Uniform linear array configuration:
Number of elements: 48
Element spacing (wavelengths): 0.5
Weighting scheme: hamming
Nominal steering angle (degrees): -15
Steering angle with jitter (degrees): -13.417
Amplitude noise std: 0.05
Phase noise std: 0.05

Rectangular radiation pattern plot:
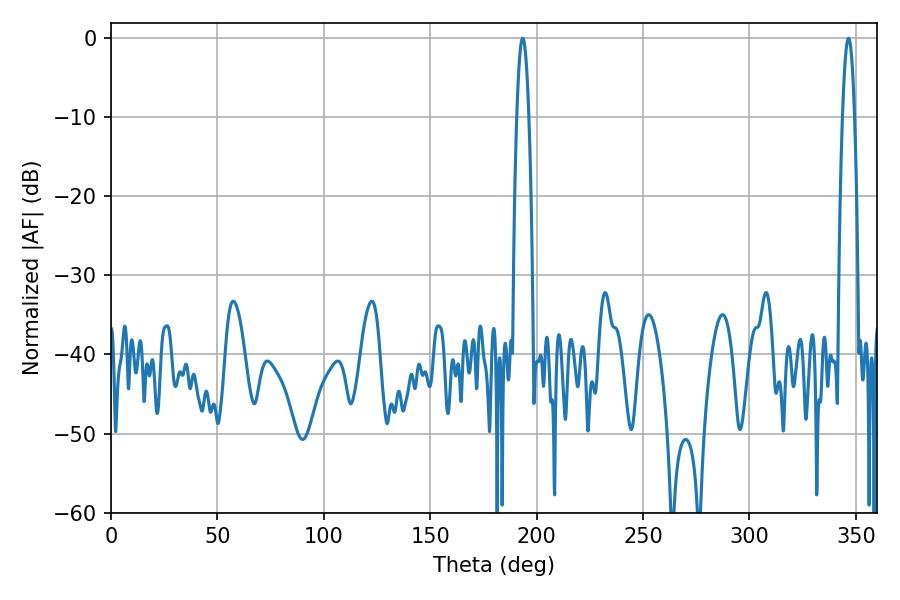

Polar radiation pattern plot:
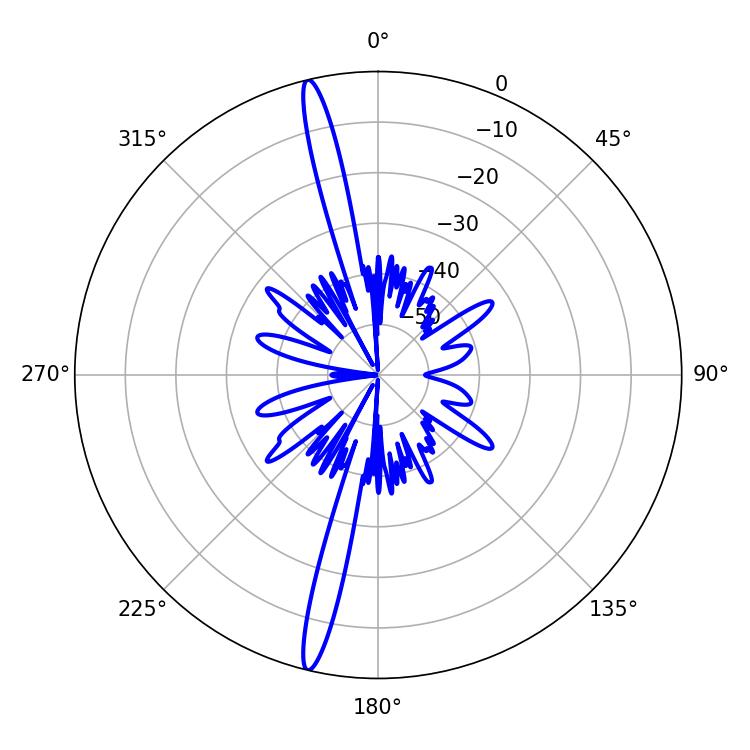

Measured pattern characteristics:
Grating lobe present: FALSE
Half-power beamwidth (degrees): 3.06
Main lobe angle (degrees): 193.5